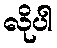
လိုပါ